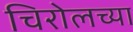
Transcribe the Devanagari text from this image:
चिरोलच्या